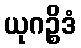
ယုဂဉ္စိဒံ